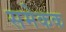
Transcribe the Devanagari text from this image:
समेकक